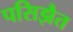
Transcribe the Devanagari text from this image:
पसिझैत